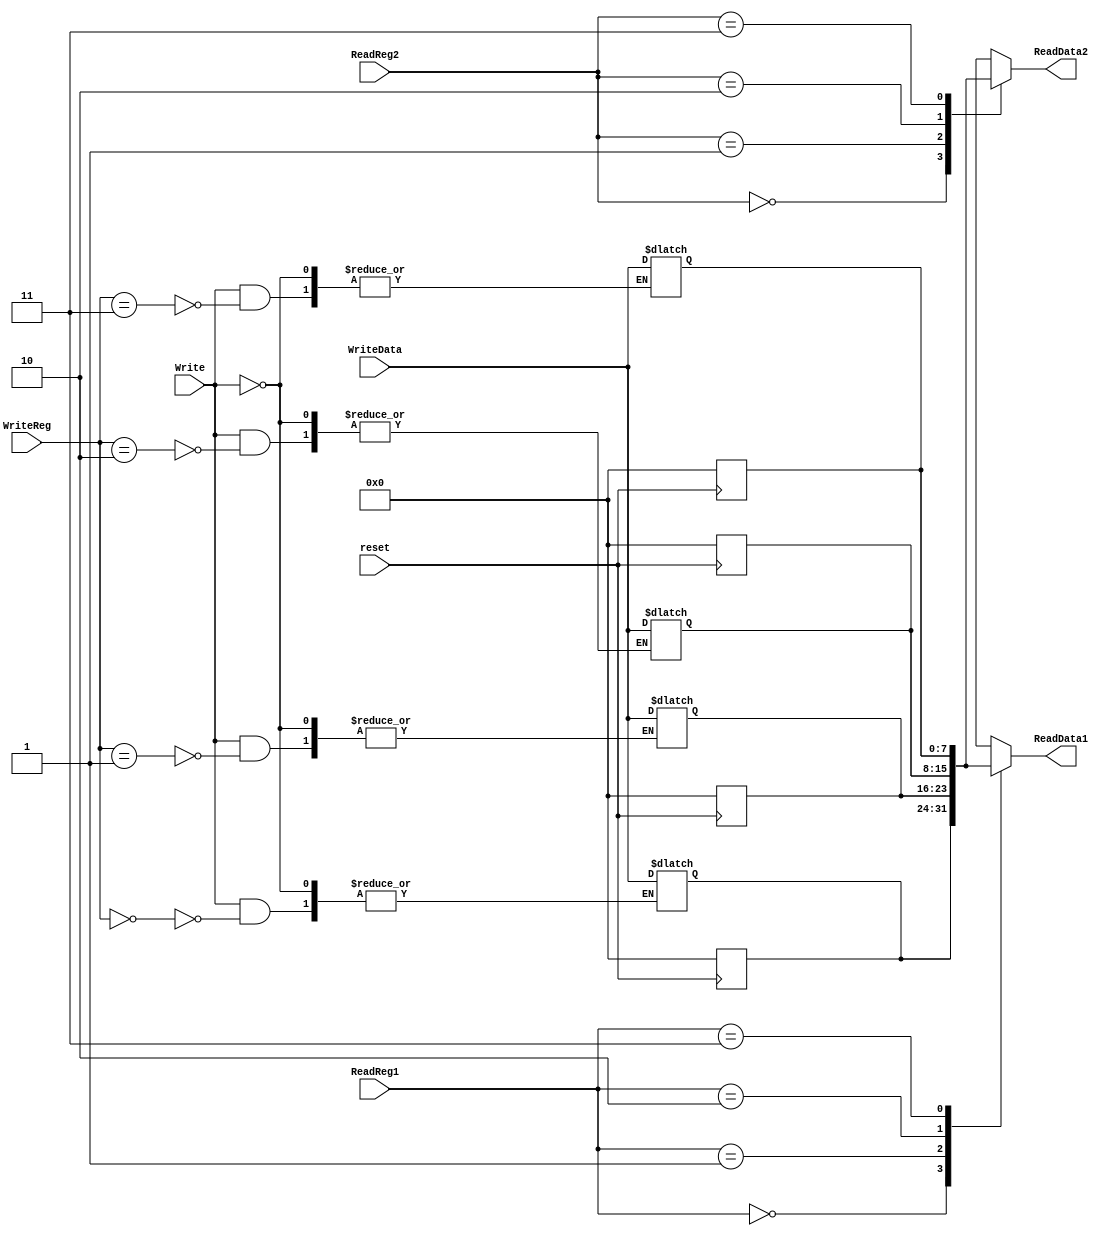
`timescale 1ns / 1ps
//////////////////////////////////////////////////////////////////////////////////
// Company: 
// Engineer: 
// 
// Design Name: 
// Module Name:    RegisterFile 
// Project Name: 
// Target Devices: 
// Tool versions: 
// Description: 
//
// Dependencies: 
//
// Revision: 
// Revision 0.01 - File Created
// Additional Comments: 
//
//////////////////////////////////////////////////////////////////////////////////
module RegisterFile(
    input [1:0] ReadReg1,
    input [1:0] ReadReg2,
	 input Write,
    input [1:0] WriteReg,
    input [7:0] WriteData,
	 input reset,
    output [7:0] ReadData1,
    output [7:0] ReadData2
    );
	 
	 reg [7:0] regist[0:3];
	 reg [7:0] RD1;
	 reg [7:0] RD2;
	 assign ReadData1 = RD1;
	 assign ReadData2 = RD2;
	 
	 always@(posedge reset) begin
		regist[0]=0;
		regist[1]=0;
		regist[2]=0;
		regist[3]=0;
	 end
	 always@(Write or ReadReg1 or ReadReg2 or WriteReg or WriteData) begin
		RD1 <= regist[ReadReg1];
		RD2 <= regist[ReadReg2];
		if(Write==1'b1) begin
			regist[WriteReg] <= WriteData;
		end
	 end
endmodule